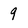
Character: 9